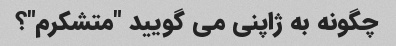
چگونه به ژاپنی می گویید "متشکرم"؟